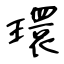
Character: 環